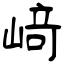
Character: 﨑